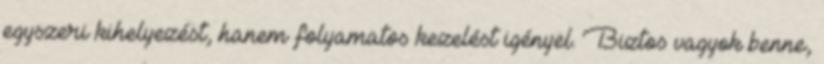
egyszeri kihelyezést, hanem folyamatos kezelést igényel. Biztos vagyok benne,